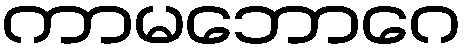
ကာမဘောဂေ